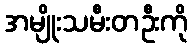
အမျိုးသမီးတဦးကို